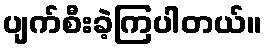
ပျက်စီးခဲ့ကြပါတယ်။